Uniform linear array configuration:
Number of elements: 32
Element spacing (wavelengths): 0.5
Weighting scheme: binomial
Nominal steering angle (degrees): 15
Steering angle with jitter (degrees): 13.596
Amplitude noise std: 0.05
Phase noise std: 0.05

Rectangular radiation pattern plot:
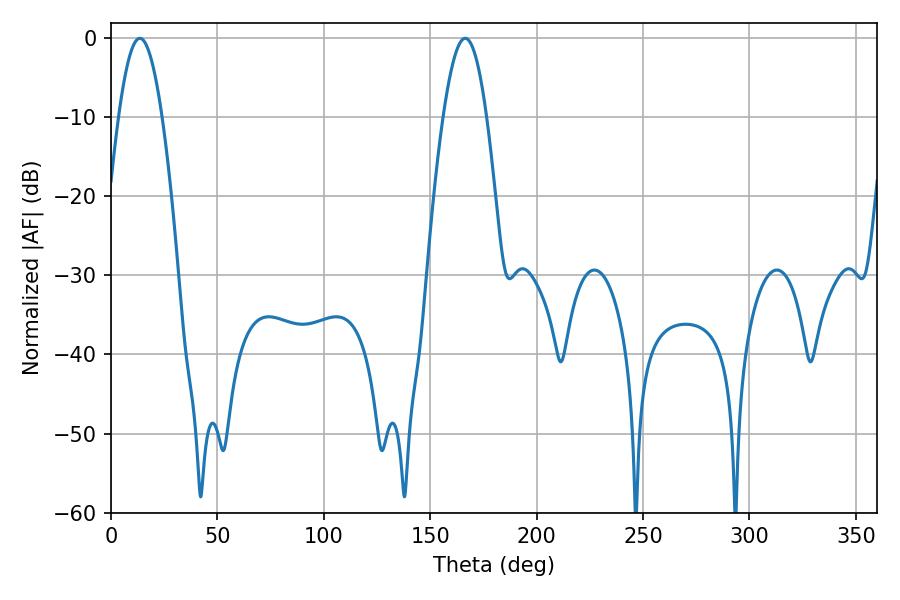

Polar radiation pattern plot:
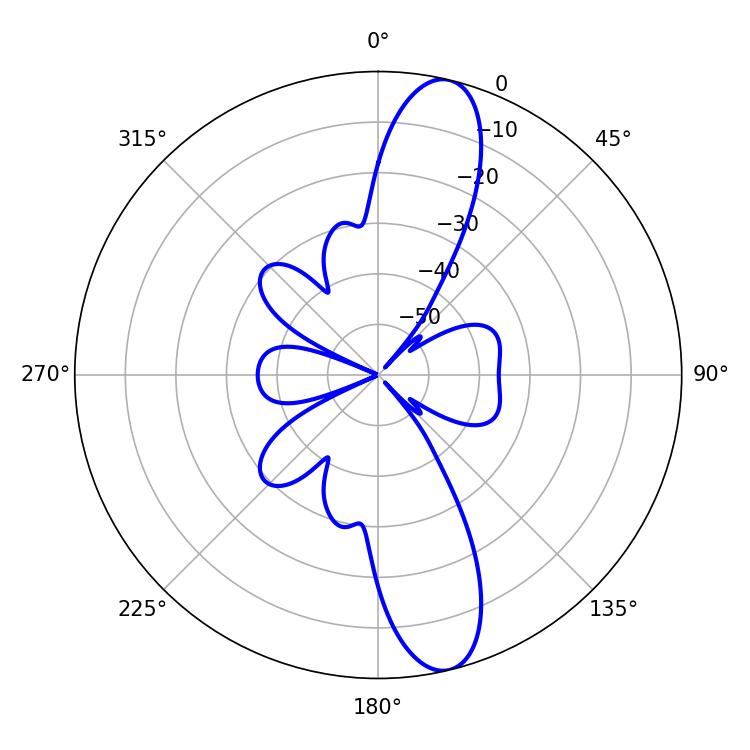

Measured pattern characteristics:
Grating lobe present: FALSE
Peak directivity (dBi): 13.099
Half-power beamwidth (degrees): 10.98
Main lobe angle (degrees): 13.5